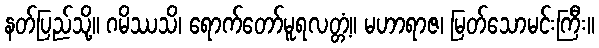
နတ်ပြည်သို့။ ဂမိဿသိ၊ ရောက်တော်မူရလတ္တံ့။ မဟာရာဇ၊ မြတ်သောမင်းကြီး။